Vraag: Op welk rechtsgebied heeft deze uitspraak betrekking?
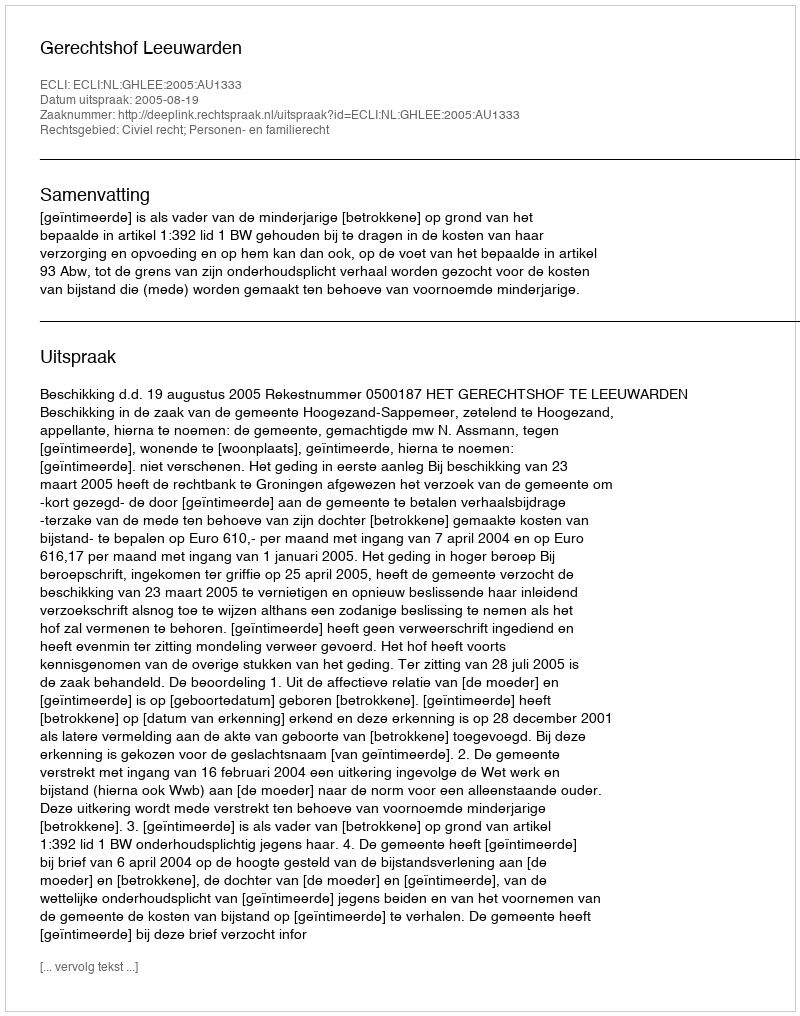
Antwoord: Civiel recht; Personen- en familierecht